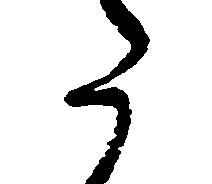
た